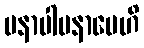
မနာပါမနာပေဟိ